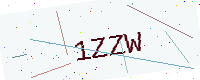
Text: 1ZZW